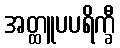
အတ္ထူပပရိက္ခီ